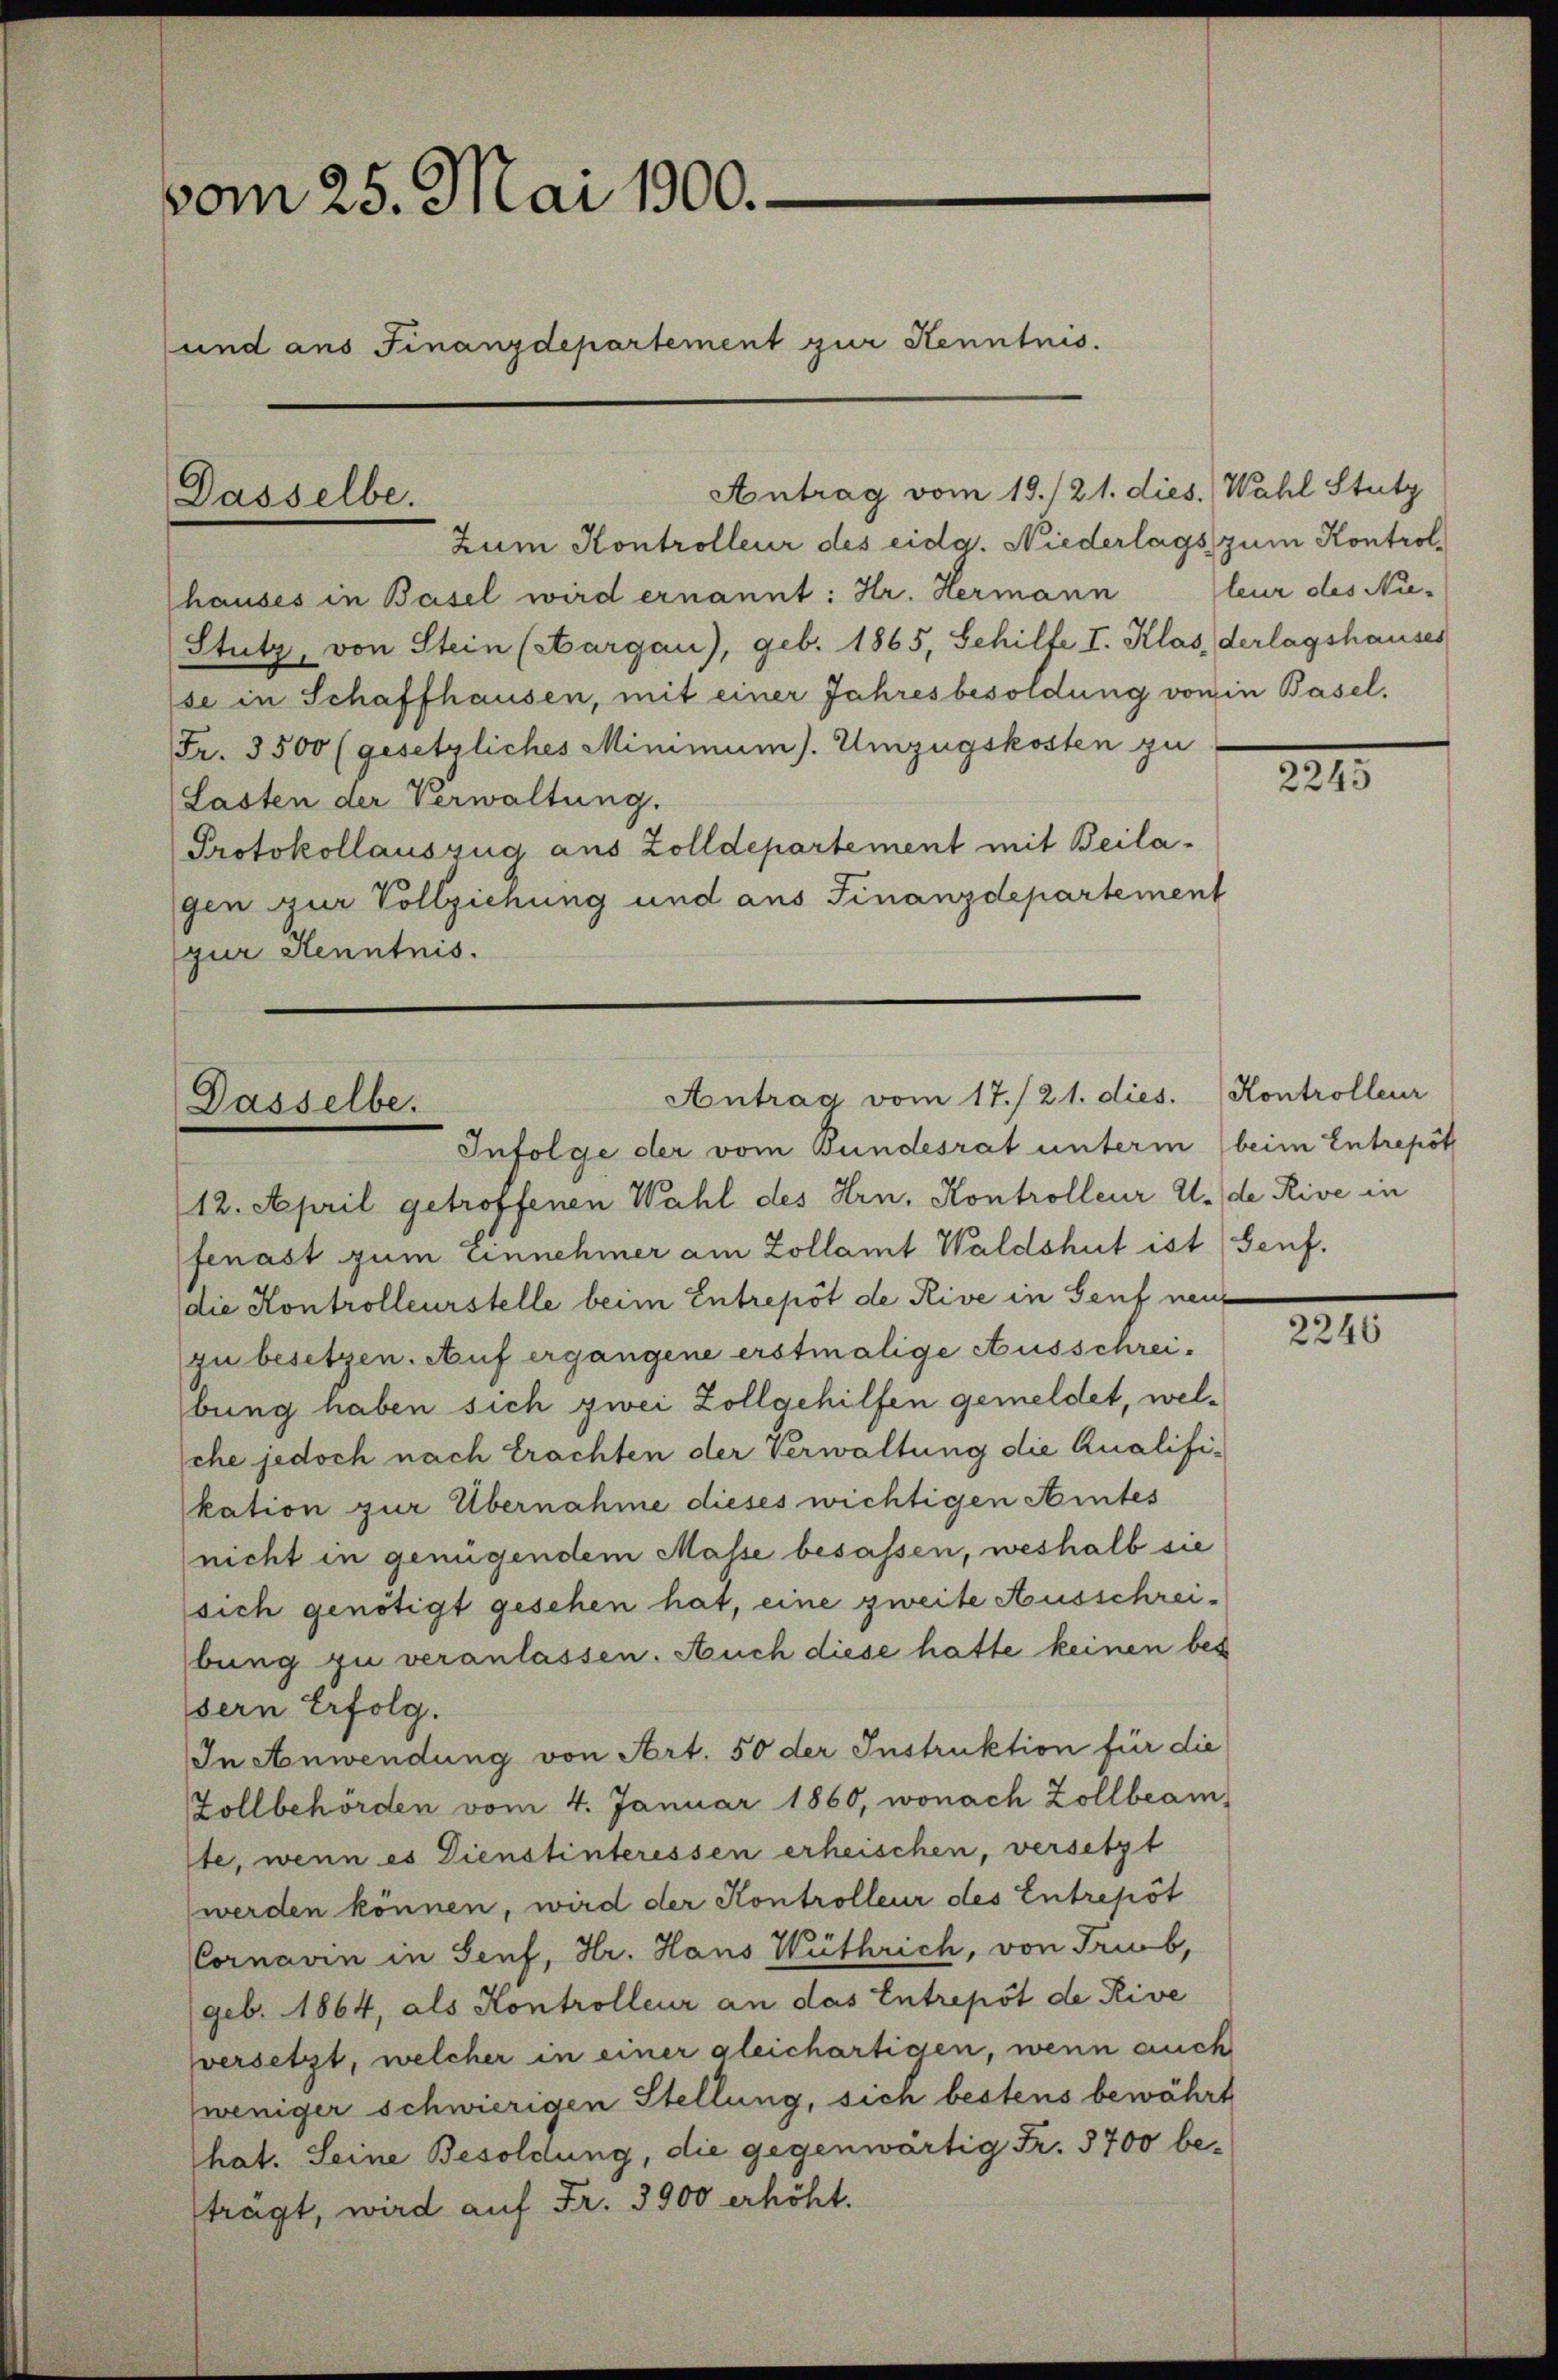
vom 25. Mai 1900.
und ans Finanzdepartement zur Kenntnis.

Dasselbe.

Antrag vom 19./21. dies. Wahl Stutz

Antrag vom 17./21. dies. Kontrolleur
Dasselbe.
Infolge der vom Bundesrat unterm beim Entrepöt

Zum Kontrolleur des eidg. Niederlags zum Kontrolhauses in Basel wird ernannt: Hr. Hermann leur des Nie-
Stutz, von Stein (Aargau), geb. 1865, Schilte I. Klas, derlagshauses
se in Schaffhausen, mit einer Jahresbesoldung von in Basel¬
Fr. 3500 (gesetzliches Minimum). Umzugskosten zu
Lasten der Verwaltung.
Protokollauszug aus Zolldepartement mit Beilagen zur Vollziehung und aus Finanzdepartement
gur Kenntnis.

12. April getroffenen Wahl des Hrn. Kontrolleur U. de Rive in
fenast zum Einnehmer am Zollamt Waldshut ist Senf.
die Kontrolleurstelle beim Entrepot de Rive in Genf neue
zu besetzen. Auf ergangene erstmalige Ausschrei-
bung haben sich zwei Zollgehilfen gemeldet, welsche jedoch nach Erachten der Verwaltung die Qualifikation zur Übernahme dieses wichtigen Aintes
(nicht in genügendem Masse besassen, weshalb sie
sich genötigt gesehen hat, eine zweite Ausschreibung zu veranlassen. Auch diese hatte keinen bes
sern Erfolg.
In Anwendung von Art. 50 der Instruktion für die
Zollbehörden vom 4. Januar 1860, wonach Zollbeam-
ste, wenn es Dienstinteressen erheischen, versetzt
werden können, wird der Kontrolleur des Entrepöt
Cornavin in Senf, Hr. Hans Wüthrich, von Trieb,
geb. 1864, als Kontrolleur an das Entrepot de Rive
versetzt, welcher in einer gleichartigen, wenn auch
weniger schwierigen Stellung, sich bestens bewährt
hat. Seine Besoldung, die gegenwärtig Fr. 3700 beträgt, wird auf Fr. 3900 erhöht.

221

2246